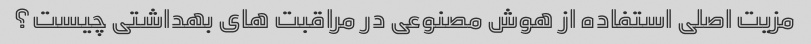
مزیت اصلی استفاده از هوش مصنوعی در مراقبت های بهداشتی چیست؟